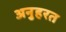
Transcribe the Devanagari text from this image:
अनुहरत